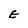
Character: E